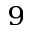
^ { 9 }